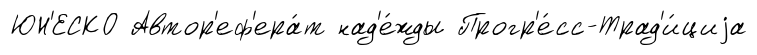
ЮН'ЕСКО Автор'еф'ера́т над'е́жды Прогр'е́сс-Трад'и́циjа